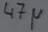
Text: 47µ